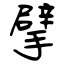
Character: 擘